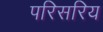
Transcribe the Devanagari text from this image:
परिसरिय